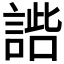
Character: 𧩢